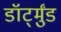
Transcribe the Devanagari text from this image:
डॉर्ट्मुंड